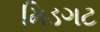
મિડગટ